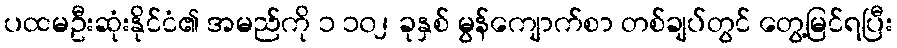
ပထမဦးဆုံးနိုင်ငံ၏ အမည်ကို ၁ ၁၀၂ ခုနှစ် မွန်ကျောက်စာ တစ်ချပ်တွင် တွေ့မြင်ရပြီး